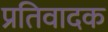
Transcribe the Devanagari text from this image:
प्रतिवादक